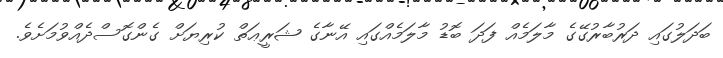
ބަދަލުގައި ދަރުބާރުގޭގެ މާލަމެއް ފަދަ ބޮޑު މާލަމެއްގައި އޭނާގެ ޝަރީޢަތް ކުރިޔަށް ގެންގޮސްދެއްވުމަށެވެ.